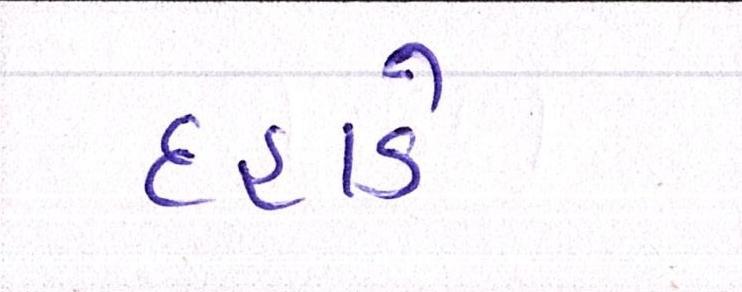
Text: દહાડે